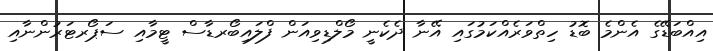
އިއްބަޑޭގެ އެންމެ ބޮޑު ހިތްވަރެއްކަމުގައި އޭނާ ދެކެނީ މޯލްޑިވިއަން ފްލައިބޯރޑާސް ޓީމާއި ސަޕޯރޓަރުންނާއި